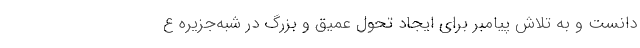
دانست و به تلاش پیامبر برای ایجاد تحول عمیق و بزرگ در شبه‌جزیره ع